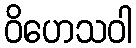
ဝိဟေသဝါ